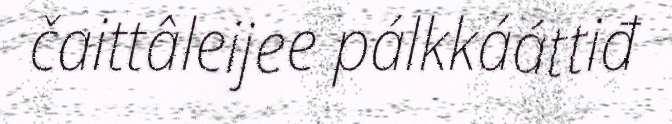
čaittâleijee pálkkááttiđ